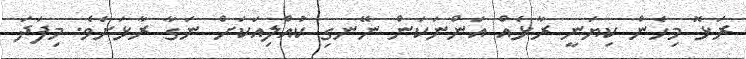
ރަޅޮ މިހެން ކިޔަނީ ރާޅެއް އަންނަކަން ނޭނގި ކުއްލިއަކަށް ނަގާ ރާޅަށެވެ. މިފަދަ